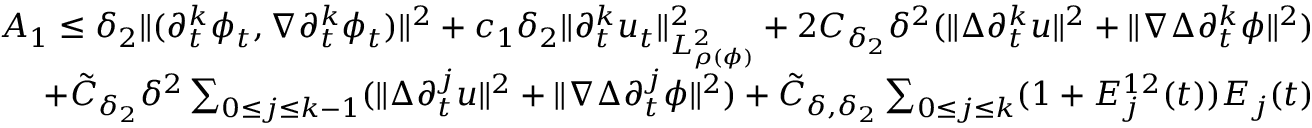
\begin{array} { r } { A _ { 1 } \leq \delta _ { 2 } \| ( \partial _ { t } ^ { k } \phi _ { t } , \nabla \partial _ { t } ^ { k } \phi _ { t } ) \| ^ { 2 } + c _ { 1 } \delta _ { 2 } \| \partial _ { t } ^ { k } u _ { t } \| _ { L _ { \rho ( \phi ) } ^ { 2 } } ^ { 2 } + 2 C _ { \delta _ { 2 } } \delta ^ { 2 } ( \| \Delta \partial _ { t } ^ { k } u \| ^ { 2 } + \| \nabla \Delta \partial _ { t } ^ { k } \phi \| ^ { 2 } ) } \\ { + \tilde { C } _ { \delta _ { 2 } } \delta ^ { 2 } \sum _ { 0 \leq j \leq k - 1 } ( \| \Delta \partial _ { t } ^ { j } u \| ^ { 2 } + \| \nabla \Delta \partial _ { t } ^ { j } \phi \| ^ { 2 } ) + \tilde { C } _ { \delta , \delta _ { 2 } } \sum _ { 0 \leq j \leq k } ( 1 + E _ { j } ^ { 1 2 } ( t ) ) E _ { j } ( t ) } \end{array}